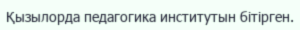
Қызылорда педагогика институтын бітірген.